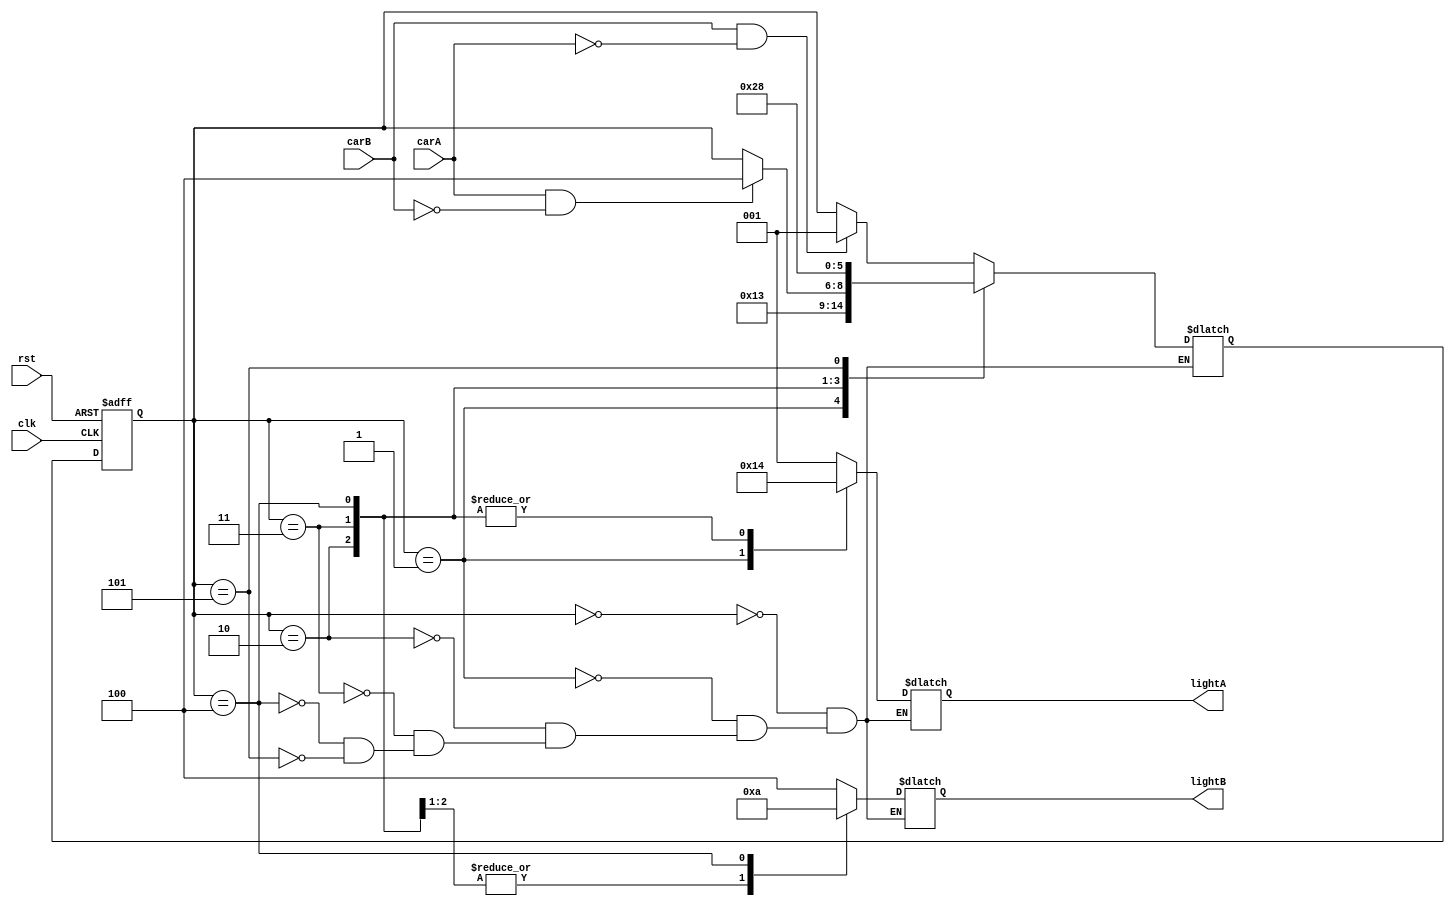
`timescale 1ns / 1ps

module lab2_2(
    input clk, 
    input rst, 
    input carA, 
    input carB,
    output reg [2:0] lightA, 
    output reg [2:0] lightB);

    reg [2:0] next_state, state;
    
    always @(posedge clk, posedge rst) begin
        if(rst==1) state <= 3'd5;
        else state <= next_state;
    end 
    
    always @* begin
        case(state)
            3'd0: begin
                {lightA, lightB} = 6'b001100;
                if(carB==1'b1&&carA==1'b0) next_state = 3'd1;
                else next_state = state;
            end
            3'd1: begin
                {lightA, lightB} = 6'b010100;
                next_state = 3'd2;
            end
            3'd2: begin 
                {lightA, lightB} = 6'b100001;
                next_state = 3'd3;
            end
            3'd3: begin
                {lightA, lightB} = 6'b100001;
                if(carA==1'b1&&carB==1'b0) next_state = 3'd4;
                else next_state = state;
            end
            3'd4: begin
                {lightA, lightB} = 6'b100010;
                next_state = 3'd5;
            end
            3'd5: begin
                {lightA, lightB} = 6'b001100;
                next_state = 3'd0;
            end    
        endcase
    end
    
endmodule